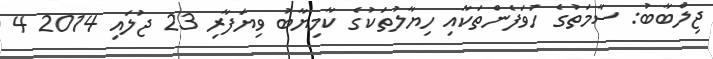
ޖިލްބާބު: ސާމަތުގެ ހުވަފެންތަކާއި ހިޔާލުތަކުގެ ކާމިޔާބު ވިޔަފާރި 23 ޖުލައި 2014 4